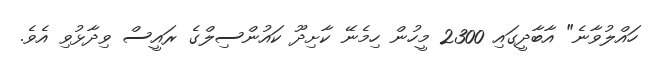
ހައްލުވާނެ" އާބާދީގައި 2300 މީހުން ހިމެނޭ ކާށިދޫ ކައުންސިލްގެ ރައީސް ވިދާޅުވި އެވެ.